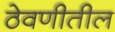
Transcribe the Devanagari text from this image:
ठेवणीतील